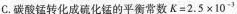
C.碳酸锰转化成硫化锰的平衡常数$$K = 2.5 × 10^{ -3 }$$C.碳酸锰转化成硫化，